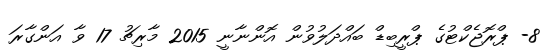
8- ޕްރޮޖެކްޓުގެ ޕްރީބިޑް ބައްދަލުވުން އޮންނާނީ 2015 މާރިޗު 17 ވާ އަންގާރަ